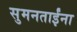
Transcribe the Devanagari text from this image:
सुमनताईंना